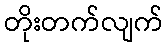
တိုးတက်လျက်